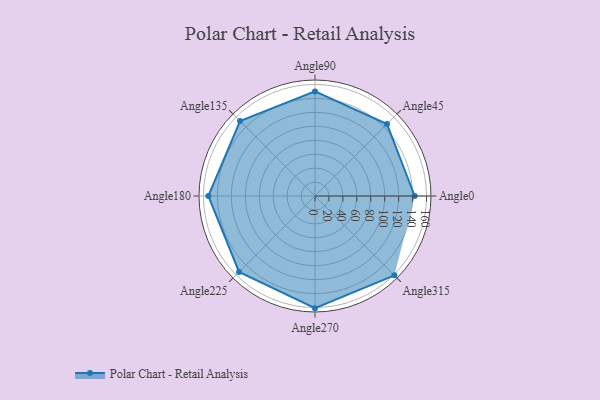
{"axis": {"x": "Angle", "y": "Radius"}, "legend": [""], "data": [{"x": "Angle0", "y": 143.0, "type": ""}, {"x": "Angle45", "y": 146.0, "type": ""}, {"x": "Angle90", "y": 150.0, "type": ""}, {"x": "Angle135", "y": 152.0, "type": ""}, {"x": "Angle180", "y": 153.0, "type": ""}, {"x": "Angle225", "y": 154.0, "type": ""}, {"x": "Angle270", "y": 161.0, "type": ""}, {"x": "Angle315", "y": 161.0, "type": ""}]}